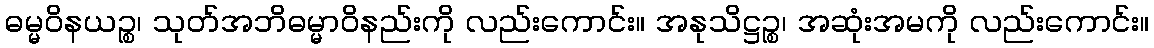
ဓမ္မဝိနယဉ္စ၊ သုတ်အဘိဓမ္မာဝိနည်းကို လည်းကောင်း။ အနုသိဋ္ဌဉ္စ၊ အဆုံးအမကို လည်းကောင်း။